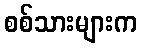
စစ်သားများက